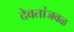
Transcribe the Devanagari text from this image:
देवतांजवळ